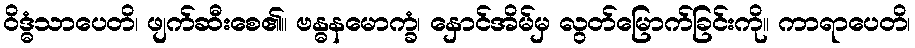
ဝိဒ္ဓံသာပေတိ၊ ဖျက်ဆီးစေ၏။ ဗန္ဓနမောက္ခံ၊ နှောင်အိမ်မှ လွတ်မြောက်ခြင်းကို။ ကာရာပေတိ၊